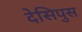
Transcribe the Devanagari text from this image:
देसिपुस